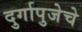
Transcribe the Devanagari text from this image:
दुर्गापुजेचे